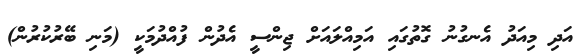
އަދި މިއަދު އެނގުނު ގޮތުގައި އަމިއްލައަށް ޖިންސީ އެދުން ފުއްދުމަކީ (މަނި ބޭރުކުރުން)